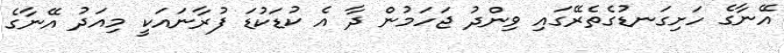
އޭނާގެ ހަށިގަނޑުގެތެރޭގައި ވިންދު ޖަހަމުން ދާ އެ ކުޑަކުޑަ ފުރާނައަކީ މިއަދު އޭނާގެ